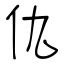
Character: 仇